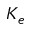
K _ { e }